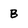
Character: B